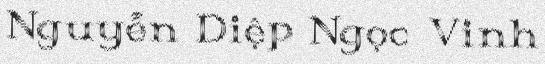
Nguyễn Diệp Ngọc Vinh